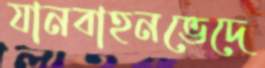
যানবাহনভেদে